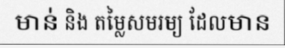
មាន់ និង តម្លៃសមរម្យ ដែលមាន